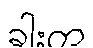
ခါးက